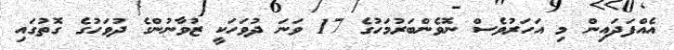
އެއްފަދައިން މި އަހަރުވެސް ނޮވެންބަރުމަހުގެ 17 ވަނަ ދުވަހަކީ ޒުވާނުންގެ ދުވަހުގެ ގޮތުގައި